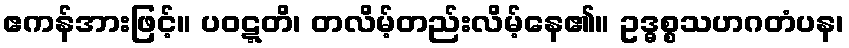
ဧကန်အားဖြင့်။ ပဝဋ္ဋတိ၊ တလိမ့်တည်းလိမ့်နေ၏။ ဥဒ္ဓစ္စသဟဂတံပန၊